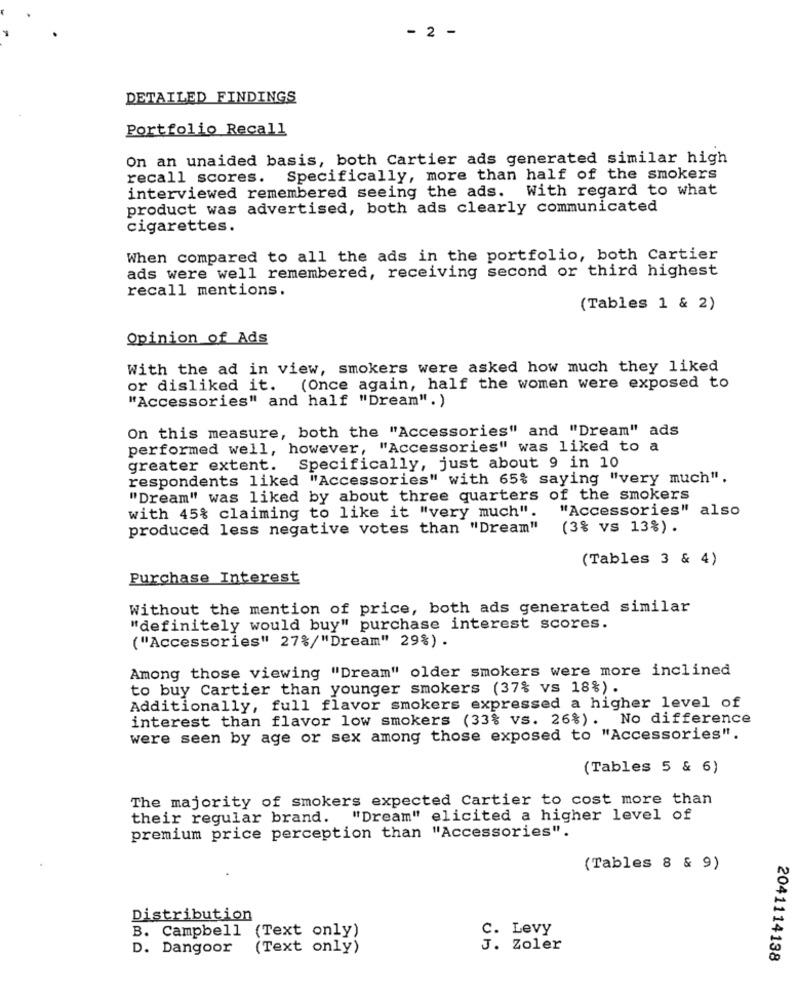
- 2 -
DETAILED FINDINGS
Portfolio Recall
On an unaided basis, both Cartier ads generated similar high
recall scores. Specifically, more than half of the smokers
interviewed remembered seeing the ads. With regard to what
product was advertised, both ads clearly communicated
cigarettes.
When compared to all the ads in the portfolio, both Cartier
ads were well remembered, receiving second or third highest
recall mentions.
(Tables 1 & 2)
Opinion of Ads
With the ad in view, smokers were asked how much they liked
or disliked it.
(Once again, half the women were exposed to
"Accessories" and half "Dream". )
On this measure, both the "Accessories" and "Dream" ads
performed well, however, "Accessories" was liked to a
greater extent. Specifically, just about 9 in 10
respondents liked "Accessories" with 65% saying "very much".
"Dream" was liked by about three quarters of the smokers
with 45% claiming to like it "very much".
"Accessories" also
produced less negative votes than "Dream"
(3% vs 13%).
(Tables 3 & 4)
Purchase Interest
Without the mention of price, both ads generated similar
"definitely would buy" purchase interest scores.
("Accessories" 27%/"Dream" 29%) .
Among those viewing "Dream" older smokers were more inclined
to buy Cartier than younger smokers (37% vs 18%).
Additionally, full flavor smokers expressed a higher level of
interest than flavor low smokers (33% vs. 26%). No difference
were seen by age or sex among those exposed to "Accessories".
(Tables 5 & 6)
The majority of smokers expected Cartier to cost more than
their regular brand. "Dream" elicited a higher level of
premium price perception than "Accessories".
(Tables 8 & 9)
Distribution
B. Campbell (Text only)
C. Levy
D. Dangoor
(Text only)
J. Zoler
2041114138